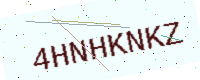
Text: 4HNHKNKZ